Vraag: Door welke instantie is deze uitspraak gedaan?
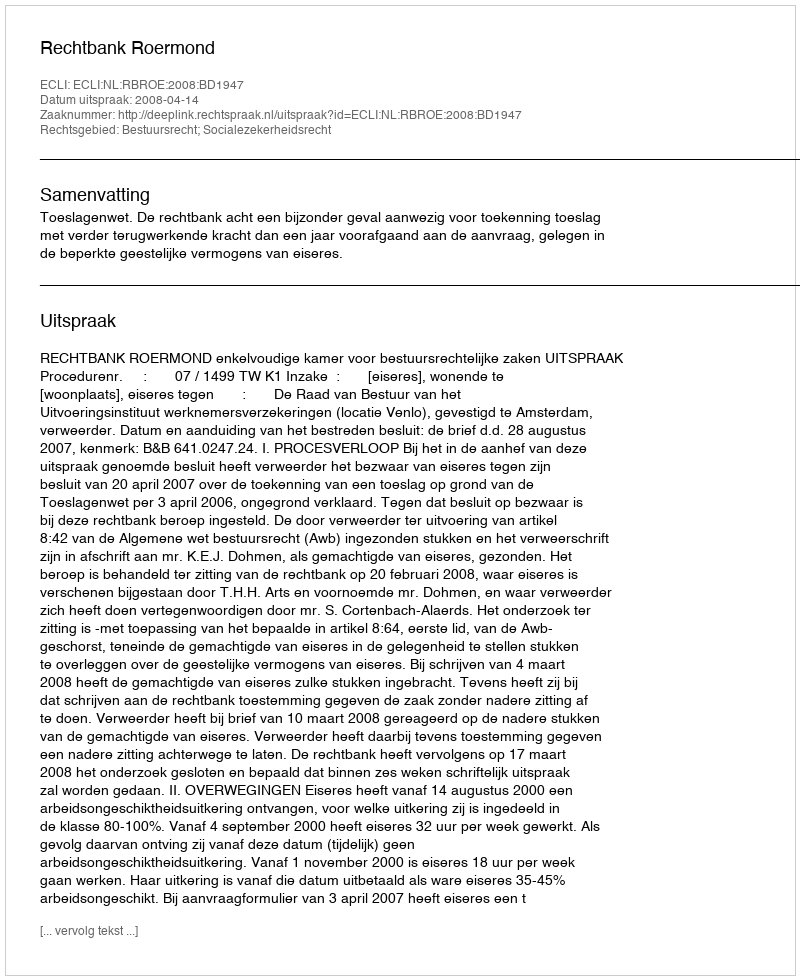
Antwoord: Rechtbank Roermond